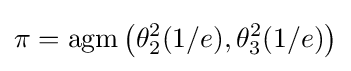
\pi =\operatorname {agm} \left(\theta _{2}^{2}(1/e),\theta _{3}^{2}(1/e)\right)